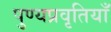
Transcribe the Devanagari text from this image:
पुण्यप्रवृतियाँ